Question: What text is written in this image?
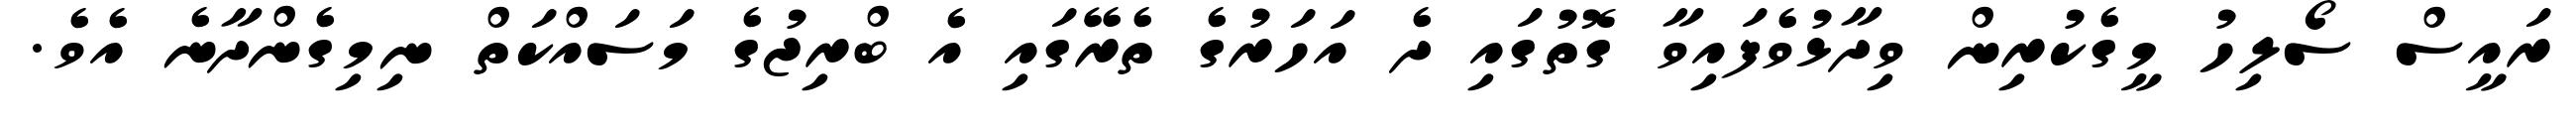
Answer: ރައީސް ސޯލިހު މީގެކުރިން ވިދާޅުވެފައިވާ ގޮތުގައި ދެ އަހަރުގެ ތެރޭގައި އެ ބްރިޖުގެ މަސައްކަތް ނިމިގެންދާނެ އެވެ.